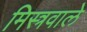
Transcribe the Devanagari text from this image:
मिस्त्रवाले